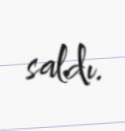
saldı.